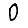
Digit: 0